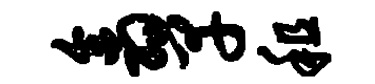
翕早租